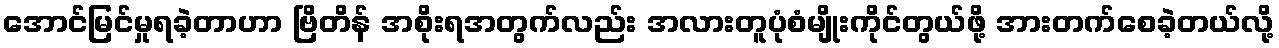
အောင်မြင်မှုရခဲ့တာဟာ ဗြိတိန် အစိုးရအတွက်လည်း အလားတူပုံစံမျိုးကိုင်တွယ်ဖို့ အားတက်စေခဲ့တယ်လို့